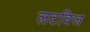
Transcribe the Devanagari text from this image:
लटविज